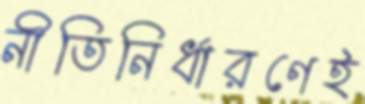
নীতিনির্ধারণেই